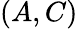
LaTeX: (A,C)